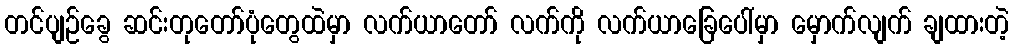
တင်ပျဉ်ခွေ ဆင်းတုတော်ပုံတွေထဲမှာ လက်ယာတော် လက်ကို လက်ယာခြေပေါ်မှာ မှောက်လျက် ချထားတဲ့